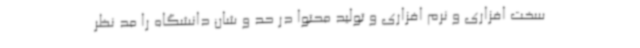
سخت افزاری و نرم افزاری و تولید محتوا در حد و شان دانشگاه را مد نظر